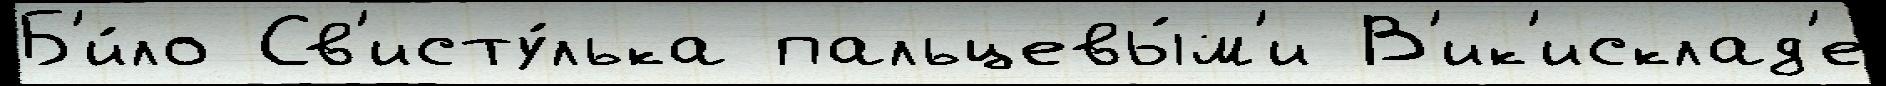
Б'и́ло Св'исту́лька пальцевы́м'и В'ик'исклад'е